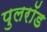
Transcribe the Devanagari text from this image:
पुलरॉड